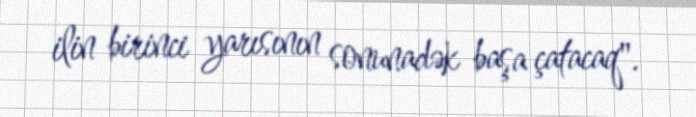
ilin birinci yarısının sonunadək başa çatacaq".